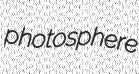
photosphere